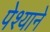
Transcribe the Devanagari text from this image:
पेश्याने